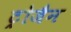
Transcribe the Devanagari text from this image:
ट्रोजैन